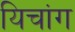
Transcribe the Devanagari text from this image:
यिचांग